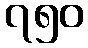
၇၅၀